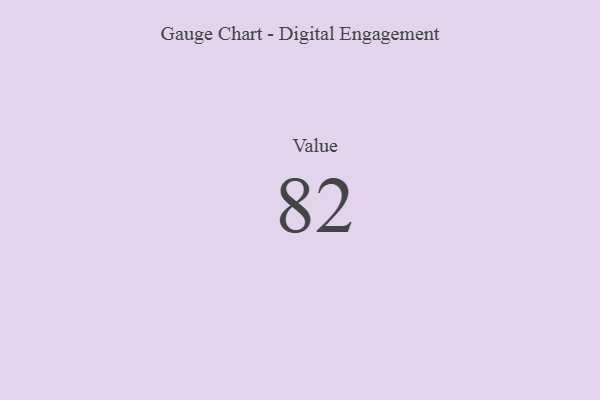
{"axis": {"x": "Metric", "y": "Value"}, "legend": [""], "data": [{"x": "Value", "y": 82, "type": ""}]}